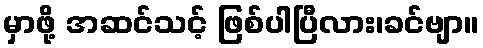
မှာဖို့ အဆင်သင့် ဖြစ်ပါပြီလား၊ခင်ဗျာ။